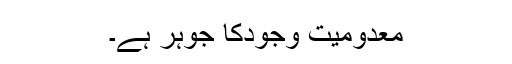
معدومیت وجودکا جوہر ہے۔